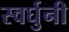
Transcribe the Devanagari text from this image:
स्वर्घुनी